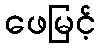
ဖေမြင့်